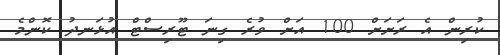
ކުރިން އެ ރަށަށް 100 އަށް ވުރެ ގިނަ ޓޫރިސްޓް އުޅަނދު ކޮންމެ